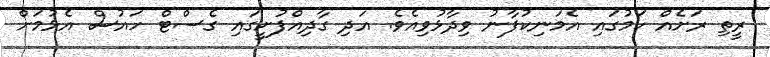
ރީތި ރަށެއް ކަމުގައި އެމަނިކުފާނު ވިދާޅުވިއެވެ. އަދި ގާދިއްފުށީގައި ގެސްޓް ހައުސް އެޅުމަށް